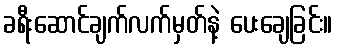
ခရီးဆောင်ချက်လက်မှတ်နဲ့ ပေးချေခြင်း။